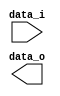
module Shift_Left_Two(
    data_i,
    data_o
    );

parameter size = 0;

//I/O ports                    
input [size-1:0] data_i;
output [size-1:0] data_o;


wire [size-1:0] data_o;

assign data_o[size-1:2] = data_i[size-3:0] ;
assign data_o[1:0] = 2'b00;

endmodule